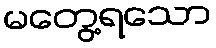
မတွေ့ရသော